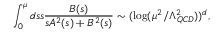
\int _ { 0 } ^ { \mu } d s s \frac { B ( s ) } { s A ^ { 2 } ( s ) + B ^ { 2 } ( s ) } \sim ( \log ( \mu ^ { 2 } / \Lambda _ { Q C D } ^ { 2 } ) ) ^ { d } ,